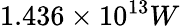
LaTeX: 1.436\times 10^{13}W